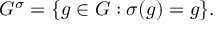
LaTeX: G ^ { \sigma } = \{ g \in G : \sigma ( g ) = g \} .